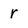
Character: r